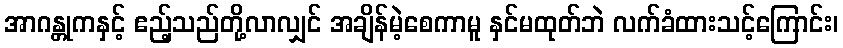
အာဂန္တုကနှင့် ဧည့်သည်တို့လာလျှင် အချိန်မဲ့စေကာမူ နှင်မထုတ်ဘဲ လက်ခံထားသင့်ကြောင်း၊